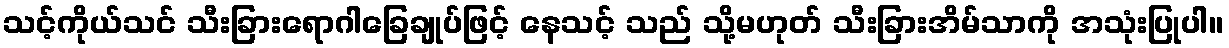
သင့်ကိုယ်သင် သီးခြားရောဂါခြေချုပ်ဖြင့် နေသင့် သည် သို့မဟုတ် သီးခြားအိမ်သာကို အသုံးပြုပါ။